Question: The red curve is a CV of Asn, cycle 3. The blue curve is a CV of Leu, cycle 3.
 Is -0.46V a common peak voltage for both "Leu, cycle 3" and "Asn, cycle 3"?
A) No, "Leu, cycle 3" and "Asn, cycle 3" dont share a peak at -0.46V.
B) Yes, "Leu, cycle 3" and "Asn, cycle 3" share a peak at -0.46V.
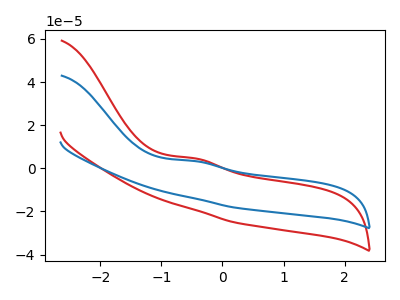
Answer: <think>The red curve "Asn, cycle 3" has an anodic peak at: (-0.45V, 4.65uA). The blue curve "Leu, cycle 3" has an anodic peak at: (-0.45V, 3.40uA).</think>
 <answer>B) Yes, "Leu, cycle 3" and "Asn, cycle 3" share a peak at -0.46V.</answer>
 <eval>B</eval>